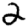
Digit: 2